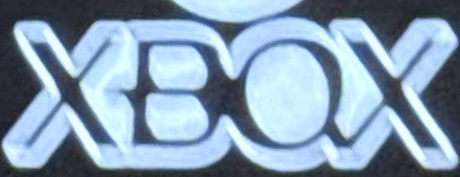
XBOX